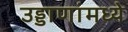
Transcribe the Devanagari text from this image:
उड्डाणांमध्ये